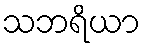
သဘရိယာ